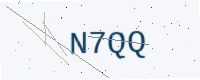
Text: N7QQ